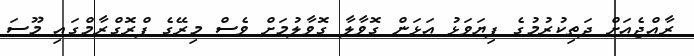
ރާއްޖެއަށް ދަތިކުރުމުގެ ފިޔަވަޅު އަޅަން ގޮވާލާ ގޮވާލުމަށް ވެސް މިރޭގެ ޕްރޮގްރާމްގައި މޫސަ